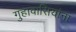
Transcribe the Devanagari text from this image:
गुहावासियांना